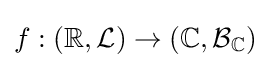
f:(\mathbb {R} ,{\mathcal {L}})\to (\mathbb {C} ,{\mathcal {B}}_{\mathbb {C} })